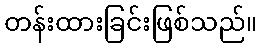
တန်းထားခြင်းဖြစ်သည်။